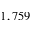
1 , 7 5 9